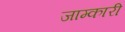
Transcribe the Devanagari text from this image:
जाम्कारी